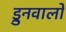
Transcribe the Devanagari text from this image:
ड्रुनवालो